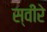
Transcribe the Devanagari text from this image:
स्वीरे